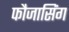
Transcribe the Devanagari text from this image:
फौजासिंग